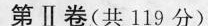
第Ⅱ卷(共119分)